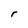
Character: r